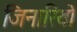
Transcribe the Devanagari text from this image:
जिनारियो